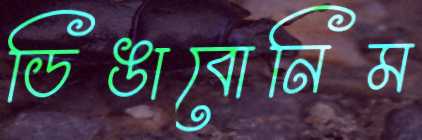
ডিঙাবোনিম